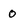
Character: O